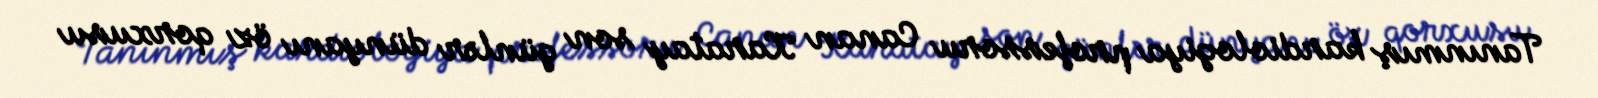
Tanınmış kardiologiya professoru Canan Karatay son günlər dünyanı öz qorxusu